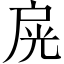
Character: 𢩊